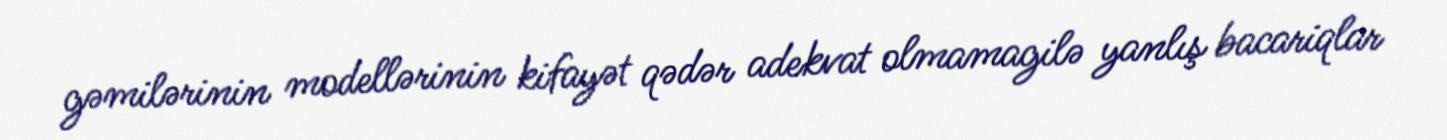
gəmilərinin modellərinin kifayət qədər adekvat olmamagilə yanlış bacariqlar